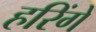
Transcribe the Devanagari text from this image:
हरिंगे